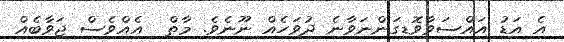
އެ އަޑު އައްސަވާވޮޑިގަންނަވާނެ ދުވަހެއް ނޫނެވެ. މާތް  އެއްވެސް ޖަވާބެއް